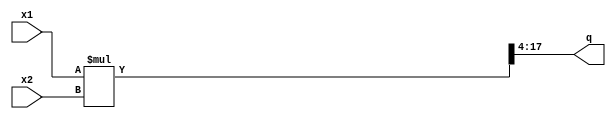
`timescale 1ns/1ns
module multiplier2 (x1, x2, q);
  input signed[13:0] x1;
  input signed[6:0] x2;
  output signed [13:0] q;
  wire signed [20:0] qAll;
  assign qAll = x1*x2;
  assign q = qAll[17:4];
endmodule